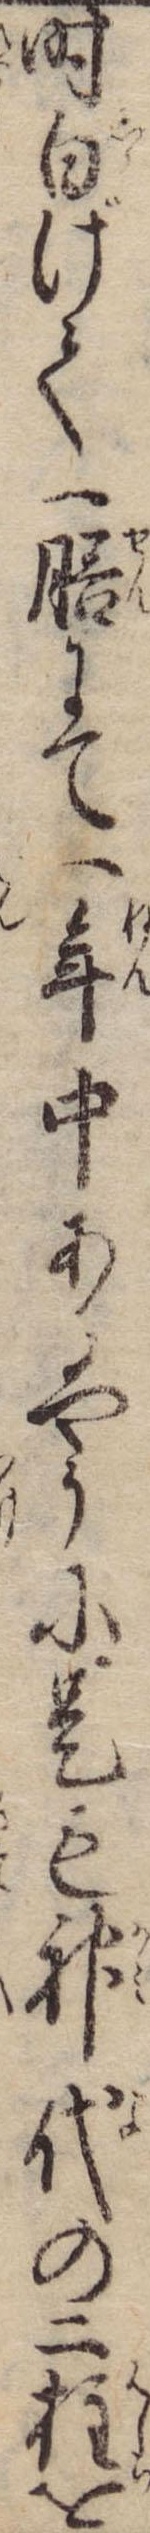
時白げて一膳にて一年中あるやうに是も神代の二柱を